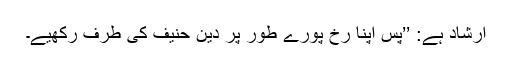
ارشاد ہے: ’’پس اپنا رُخ پورے طور پر دینِ حنیف کی طرف رکھیے۔